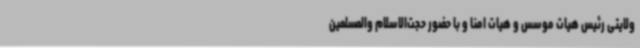
ولایتی رئیس هیات موسس و هیات امنا و با حضور حجت‌الاسلام والمسلمین